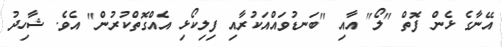
އޭނާގެ ޅެން ފޮތް "ލޯ" އާއި "ބަނޑުވައްއަކުރާއި ފިލިކޯޅި އެއްގޮތްކުރުން" އެވެ. ޝާހިދު